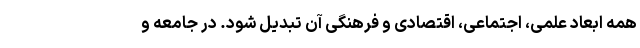
همه ابعاد علمی، اجتماعی، اقتصادی و فرهنگی آن تبدیل شود. در جامعه و